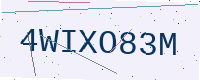
Text: 4WIXO83M